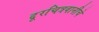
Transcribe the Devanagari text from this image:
दूरचित्रवानीचे